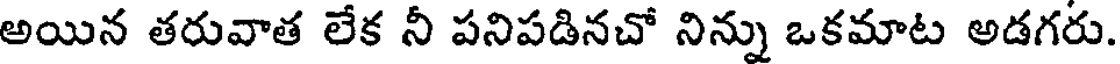
అయిన తరువాత లేక నీ పనిపడినచో నిన్ను ఒకమాట అడగరు